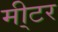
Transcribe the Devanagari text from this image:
मी्टर